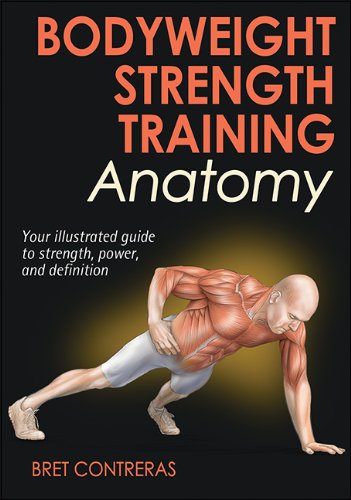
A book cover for Bodyweight Strength Training Anatomy; Bret Contreras; Science & Math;